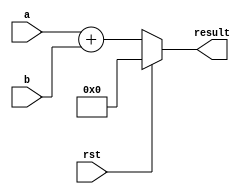
module adder(
    input [31:0] a,
    input [31:0] b,
    input rst,
    output [31:0] result
);

assign result = rst ? 32'b0: a+b;

endmodule // aluinput [31:0] a,